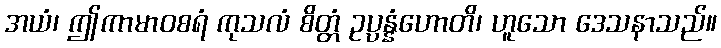
အယံ၊ ဤကာမာဝစရံ ကုသလံ စိတ္တံ ဥပ္ပန္နံဟောတိ၊ ဟူသော ဒေသနာသည်။